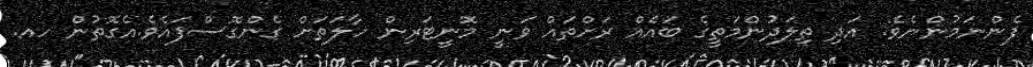
ފެންނަމުންނެވެ. އަދި ތިލަދުންމަތީގެ ބައެއް ރަށްތައް ވަނީ މޮނީޓަރިން ހާލަތަށް ގެންގޮސްފައެވެ.އެގޮތުން ހއ.